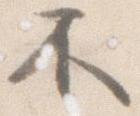
不